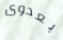
بعدوى